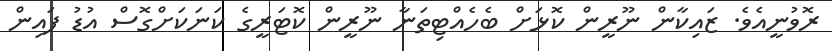
ރޮވުނީއެވެ. ޒައިކާން ނޫރީން ކޮޅަށް ބެހެއްޓިތަނާ ނޫރީން ކޮޓަރީގެ ކަނަކަށްގޮސް އުޑު ފައިން